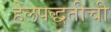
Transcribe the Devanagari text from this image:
हेलपद्धतीची